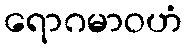
ရောဂမာဝဟံ